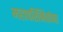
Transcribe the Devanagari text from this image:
महापरिनिर्वाणा